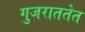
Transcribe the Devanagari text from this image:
गुजराततेत